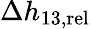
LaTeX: \Delta h_{13,{\mathrm{rel}}}